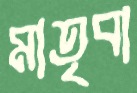
মাতৃবা